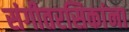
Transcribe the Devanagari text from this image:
संगीतरसिकांना